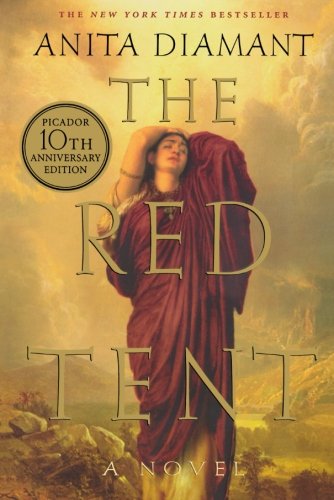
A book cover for The Red Tent: A Novel; Anita Diamant; Literature & Fiction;